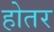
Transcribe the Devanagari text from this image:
होतर